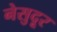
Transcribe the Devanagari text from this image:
नेसुदूर